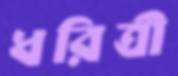
ধরিত্রী